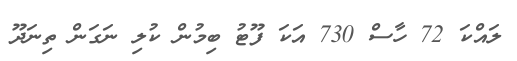
ލައްކަ 72 ހާސް 730 އަކަ ފޫޓު ބިމުން ކުލި ނަގަން ތިނަދޫ